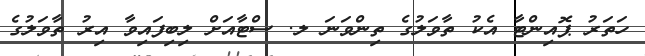
ހަތަރު ޕޮއިންޓާ އެކު ތާވަލުގެ ތިންވަނަ ލ. ސްޓާއަށް ލިބިފައިވާ އިރު ތާވަލުގެ